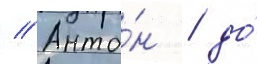
// Анто́н / до́